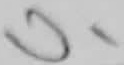
Text: U1